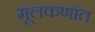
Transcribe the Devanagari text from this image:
मूलकणांत